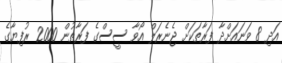
އަދި 8 ވަނައަށްދާ ފަރާތަކަށް ޖެނެރަލް އޯވާ ސީސްގެ ފަރާތުން 2000 ރުފިޔާގެ